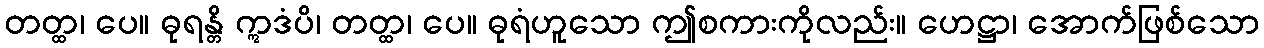
တတ္ထ၊ ပေ။ ဓုရန္တိ ဣဒံပိ၊ တတ္ထ၊ ပေ။ ဓုရံဟူသော ဤစကားကိုလည်း။ ဟေဋ္ဌာ၊ အောက်ဖြစ်သော